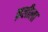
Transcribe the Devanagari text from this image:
क़लीला